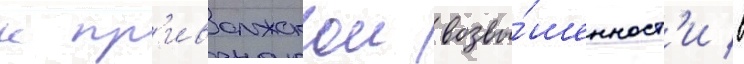
к пр'иволжскои возвы́шенност'и в